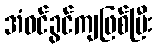
အံဝင်ခွင်ကျဖြစ်ပြီး